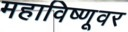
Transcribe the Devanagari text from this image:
महाविष्णूवर